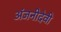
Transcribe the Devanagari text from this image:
अंजनीदेवी